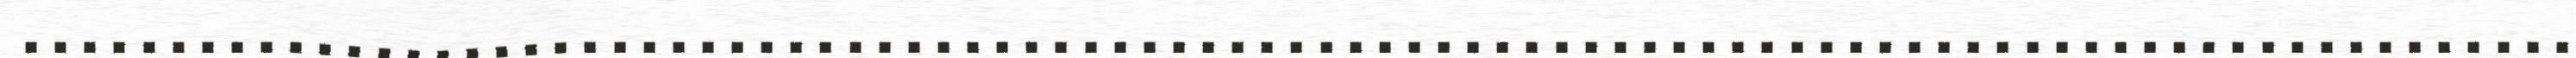
.......................................................................................